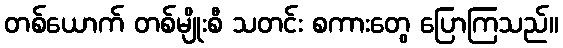
တစ်ယောက် တစ်မျိုးစီ သတင်း စကားတွေ ပြောကြသည်။